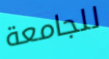
للجامعة